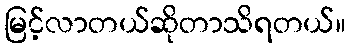
မြင့်လာတယ်ဆိုတာသိရတယ်။